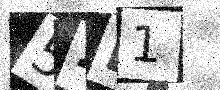
Text: 52L1